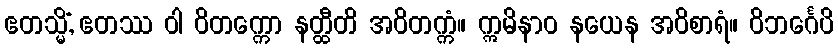
ဧတသ္မိံ, ဧတဿ ဝါ ဝိတက္ကော နတ္ထီတိ အဝိတက္ကံ။ ဣမိနာဝ နယေန အဝိစာရံ။ ဝိဘင်္ဂေပိ